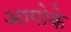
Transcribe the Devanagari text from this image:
आगोके